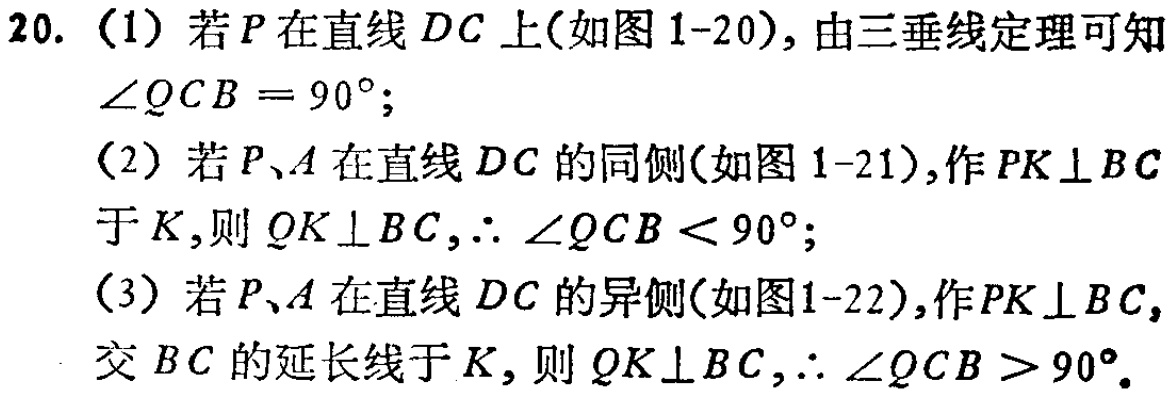
20. (1) 若\(P\)在直线\(DC\)上(如图1-20), 由三垂线定理可知\(\angle QCB = 90^{\circ}\);
(2) 若\(P\)、\(A\)在直线\(DC\)的同侧(如图1-21),作\(PK\perp BC\)于\(K\),则\(QK\perp BC\),\(\therefore \angle QCB < 90^{\circ}\);
(3) 若\(P\)、\(A\)在直线\(DC\)的异侧(如图1-22),作\(PK\perp BC\),交\(BC\)的延长线于\(K\),则\(QK\perp BC\),\(\therefore \angle QCB > 90^{\circ}\).